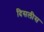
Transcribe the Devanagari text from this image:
दिसलीस